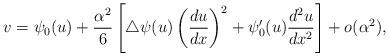
LaTeX: \begin{align*} v = \psi_{0}(u) + \frac{\alpha^{2}}{6}\left[ \bigtriangleup\psi(u)\left( \frac{du}{dx} \right)^{2} + \psi_{0}'(u)\frac{d^{2}u}{dx^{2}} \right] + o(\alpha^{2}), \end{align*}